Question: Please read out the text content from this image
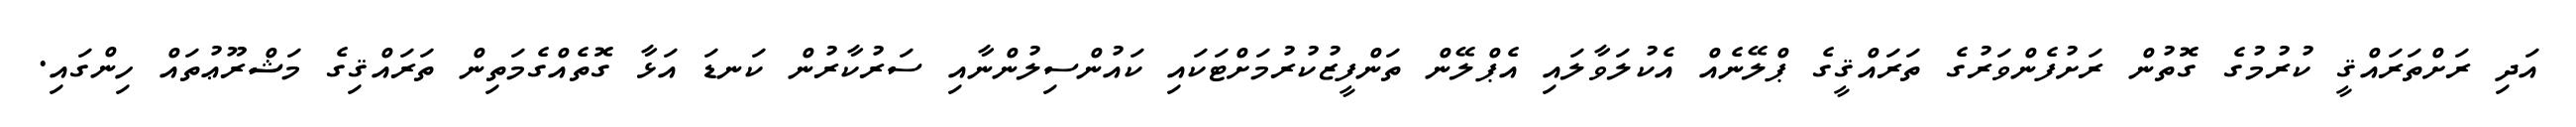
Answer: އަދި ރަށްތަރައްޤީ ކުރުމުގެ ގޮތުން ރަށުފެންވަރުގެ ތަރައްޤީގެ ޕްލޭނެއް އެކުލަވާލައި އެޕްލޭން ތަންފީޒުކުރުމަށްޓަކައި ކައުންސިލުންނާއި ސަރުކާރުން ކަނޑަ އަޅާ ގޮތެއްގެމަތިން ތަރައްޤިގެ މަޝްރޫޢުތައް ހިންގައި.